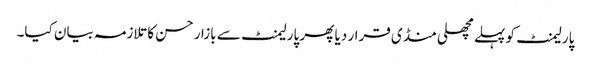
پارلیمنٹ کو پہلے مچھلی منڈی قرار دیا پھر پارلیمنٹ سے بازار حسن کا تلازمہ بیان کیا۔